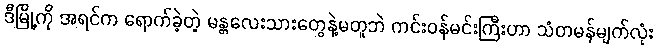
ဒီမြို့ကို အရင်က ရောက်ခဲ့တဲ့ မန္တလေးသားတွေနဲ့မတူဘဲ ကင်းဝန်မင်းကြီးဟာ သံတမန်မျက်လုံး